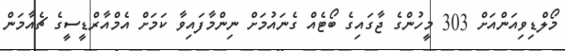
މޯލްޑިވިއަންއަށް 303 މީހުންގެ ޖާގައިގެ ބޯޓެއް ގެނައުމަށް ނިންމާފައިވާ ކަމަށް އެމްއާރްޑީސީގެ ޗެއާމަން